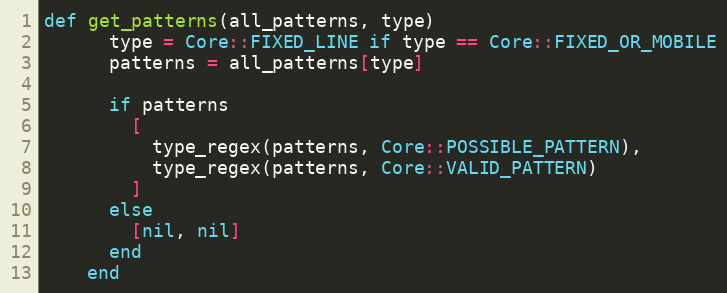
Language: Ruby
def get_patterns(all_patterns, type)
      type = Core::FIXED_LINE if type == Core::FIXED_OR_MOBILE
      patterns = all_patterns[type]

      if patterns
        [
          type_regex(patterns, Core::POSSIBLE_PATTERN),
          type_regex(patterns, Core::VALID_PATTERN)
        ]
      else
        [nil, nil]
      end
    end